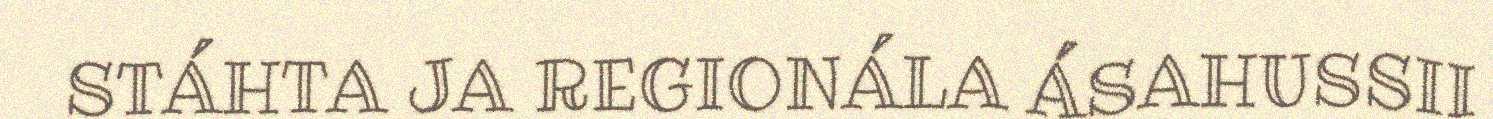
STÁHTA JA REGIONÁLA ÁSAHUSSII